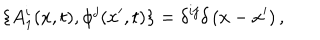
\{ A _ { 1 } ^ { i } ( x , t ) , \phi ^ { j } ( x ^ { \prime } , t ) \} = \delta ^ { i j } \delta \left( x - x ^ { \prime } \right) ,